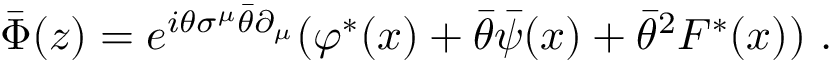
\bar { \Phi } ( z ) = e ^ { i \theta \sigma ^ { \mu } \bar { \theta } \partial _ { \mu } } ( \varphi ^ { * } ( x ) + \bar { \theta } \bar { \psi } ( x ) + \bar { \theta } ^ { 2 } F ^ { * } ( x ) ) \, \, .